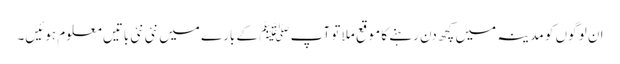
ا ن لو گوں کو مدینہ میں کچھ دن رہنے کا موقع ملا تو آپ ﷺ کے بارے میں نئی نئی باتیں معلوم ہوئیں۔